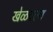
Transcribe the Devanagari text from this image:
खेळवल्य